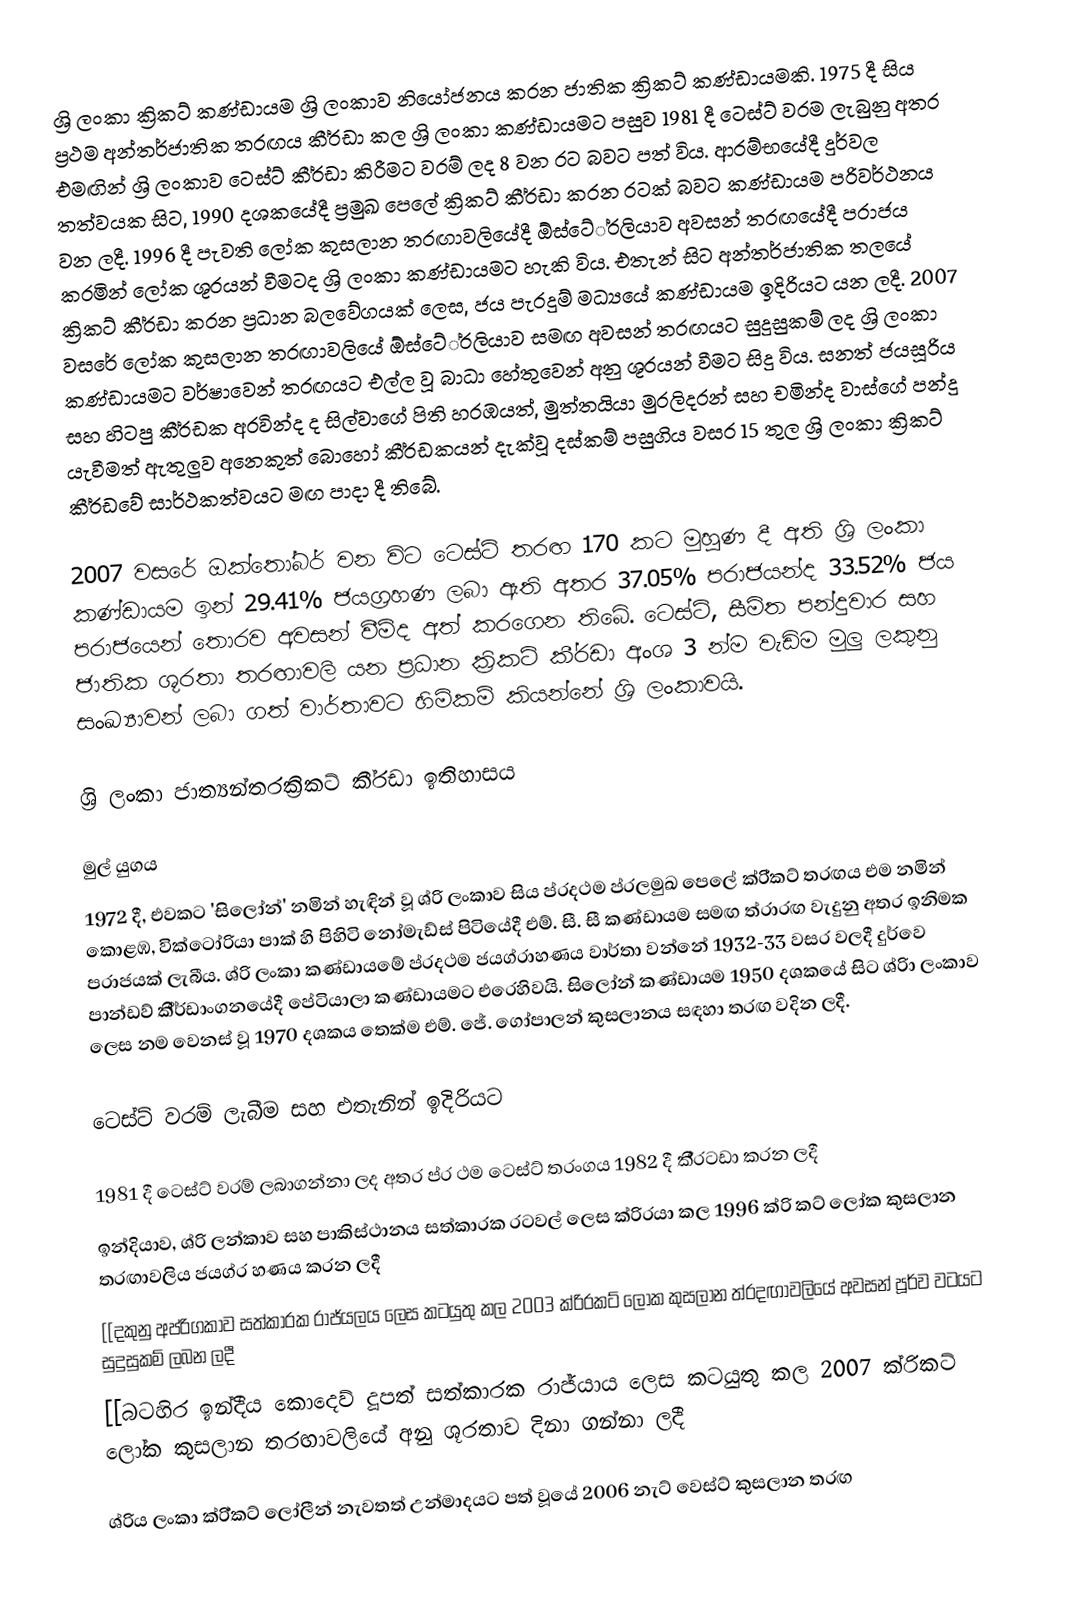
ශ්‍රි ලංකා ක්‍රිකට් කණ්ඩායම ශ්‍රි ලංකාව නියෝජනය කරන ජාතික ක්‍රිකට් කණ්ඩායමකි. 1975 දී සිය ප්‍රථම අන්තර්ජාතික තරඟය කී්‍රඩා කල ශ්‍රි ලංකා කණ්ඩායමට පසුව 1981 දී ටෙස්ට් වරම ලැබුනු අතර එමඟින් ශ්‍රි ලංකාව ටෙස්ට් කී්‍රඩා කිරීමට වරම් ලද 8 වන රට බවට පත් විය. ආරම්භයේදී දුර්වල තත්වයක සිට, 1990 දශකයේදී ප්‍රමුඛ පෙලේ ක්‍රිකට් කී්‍රඩා කරන රටක් බවට කණ්ඩායම පරිවර්ථනය වන ලදී.  1996 දී පැවති ලෝක කුසලාන තරඟාවලියේදී ඕස්ටේ්‍රලියාව අවසන් තරඟයේදී පරාජය කරමින් ලෝක ශූරයන් වීමටද ශ්‍රි ලංකා කණ්ඩායමට හැකි විය. එතැන් සිට අන්තර්ජාතික තලයේ ක්‍රිකට් කී්‍රඩා කරන ප්‍රධාන බලවේගයක් ලෙස, ජය පැරදුම් මධ්‍යයේ කණ්ඩායම ඉදිරියට යන ලදී. 2007 වසරේ ලෝක කුසලාන තරඟාවලියේ ඕස්ටේ්‍රලියාව සමඟ අවසන් තරඟයට සුදුසුකම් ලද ශ්‍රි ලංකා කණ්ඩායමට වර්ෂාවෙන් තරඟයට එල්ල වූ  බාධා හේතුවෙන් අනු ශූරයන් වීමට සිදු විය. සනත් ජයසූරිය සහ හිටපු කී්‍රඩක අරවින්ද ද සිල්වාගේ පිති හරඹයත්, මුත්තයියා මුරලිදරන් සහ චමින්ද වාස්ගේ පන්දු යැවීමත් ඇතුලුව අනෙකුත් බොහෝ කී්‍රඩකයන් දැක්වූ දස්කම් පසුගිය වසර 15 තුල ශ්‍රි ලංකා ක්‍රිකට් කී්‍රඩවේ සාර්ථකත්වයට මඟ පාදා දී තිබේ.

2007 වසරේ ඔක්තෝබර් වන විට ටෙස්ට් තරඟ 170 කට මුහුණ දී අති ශ්‍රි ලංකා කණ්ඩායම ඉන් 29.41% ජයග්‍රහණ ලබා ඇති අතර 37.05% පරාජයන්ද 33.52% ජය පරාජයෙන් තොරව අවසන් වීම්ද අත් කරගෙන තිබේ. ටෙස්ට්, සීමිත පන්දුවාර සහ ජාතික ශූරතා තරඟාවලි යන ප්‍රධාන ක්‍රිකට් කී්‍රඩා අංශ 3 න්ම වැඩිම මුලු ලකුනු සංඛ්‍යාවන් ලබා ගත් වාර්තාවට හිමිකම් කියන්නේ ශ්‍රි ලංකාවයි.

ශ්‍රි ලංකා ජාත්‍යන්තරක්‍රිකට් කී්‍රඩා ඉතිහාසය

මුල් යුගය
1972 දී, එවකට 'සිලෝන්'  නමින් හැඳින් වූ ශ්රි  ලංකාව සිය ප්රදථම ප්රලමුඛ පෙලේ ක්රි්කට් තරඟය එම නමින් කොළඹ, වික්ටෝරියා පාක් හි පිහිටි නෝමැඩ්ස් පිටියේදී එම්. සී. සී කණ්ඩායම සමඟ ත්රාරඟ වැදුනු අතර ඉනිමක පරාජයක් ලැබීය. ශ්රි  ලංකා කණ්ඩායමේ ප්රදථම ජයග්රාහණය වාර්තා වන්නේ 1932-33 වසර වලදී දුර්වෙ පාන්ඩව් කී්ර්ඩාංගනයේදී පේටියාලා කණ්ඩායමට එරෙහිවයි. සිලෝන් කණ්ඩායම 1950 දශකයේ සිට ශ්රිා ලංකාව ලෙස නම වෙනස් වූ 1970 දශකය තෙක්ම එම්. ජේ. ගෝපාලන් කුසලානය සඳහා තරඟ වදින ලදී.

ටෙස්ට් වරම් ලැබීම සහ එතැනින් ඉදිරියට

1981 දී ටෙස්ට් වරම් ලබාගන්නා ලද අතර ප්ර ථම ටෙස්ට් තරංගය 1982 දී කී්රටඩා කරන ලදී
ඉන්දියාව, ශ්රි  ලන්කාව සහ පාකිස්ථානය සත්කාරක රටවල් ලෙස ක්රිරයා කල 1996 ක්රි කට් ලෝක කුසලාන තරඟාවලිය ජයග්ර හණය කරන ලදී
[[දකුනු අප්රිගකාව සත්කාරක රාජ්යලය ලෙස කටයුතු කල 2003 ක්රිරකට් ලෝක කුසලාන ත්රදඟාවලියේ අවසන් පූර්ව වටයට සුදුසුකම් ලබන ලදී
[[බටහිර ඉන්දීය කොදෙව් දූපත් සත්කාරක රාජ්යාය ලෙස කටයුතු කල 2007 ක්රි‍කට් ලෝක කුසලාන තරඟාවලියේ අනු ශූරතාව දිනා ගන්නා ලදී

ශ්රිය ලංකා ක්රි්කට් ලෝලීන් නැවතත් උන්මාදයට පත් වූයේ 2006 නැට් වෙස්ට් කුසලාන තරඟ